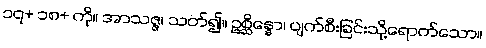
၁၇+ ၁၈+ ကို။ အာသဇ္ဇ၊ သတ်၍။ ဥစ္ဆိန္နော၊ ပျက်စီးခြင်းသို့ရောက်သော။